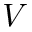
V